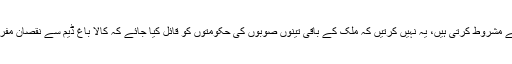
قومی سیاست کی حامل جماعتیں بھی اسے اتفاق رائے سے مشروط کرتی ہیں، یہ نہیں کرتیں کہ ملک کے باقی تینوں صوبوں کی حکومتوں کو قائل کیا جائے کہ کالا باغ ڈیم سے نقصان مفروضہ ہے، البتہ فائدہ ہی فائدہ ہے، لیکن ایسا نہیں کیا جاتا۔